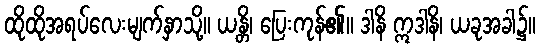
ထိုထိုအရပ်လေးမျက်နှာသို့။ ယန္တိ၊ ပြေးကုန်၏။ ဒါနိ ဣဒါနိ၊ ယခုအခါ၌။